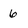
Character: 6